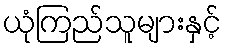
ယုံကြည်သူများနှင့်